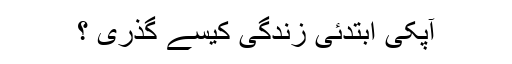
آپکی ابتدئی زندگی کیسے گذری ؟